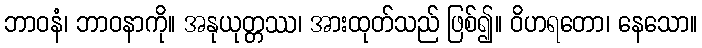
ဘာဝနံ၊ ဘာဝနာကို။ အနုယုတ္တဿ၊ အားထုတ်သည် ဖြစ်၍။ ဝိဟရတော၊ နေသော။